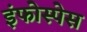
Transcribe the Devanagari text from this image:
इंफोस्पेस